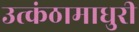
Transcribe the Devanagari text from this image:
उत्कंठामाधुरी